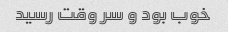
خوب بود و سر وقت رسید